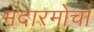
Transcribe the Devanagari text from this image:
मदारमोर्चा